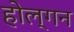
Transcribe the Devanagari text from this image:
होल्गन